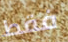
فقط